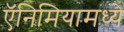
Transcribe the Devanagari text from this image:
ऍनिमियामध्ये